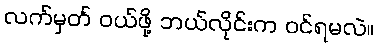
လက်မှတ် ဝယ်ဖို့ ဘယ်လိုင်းက ဝင်ရမလဲ။